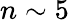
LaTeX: n\sim 5